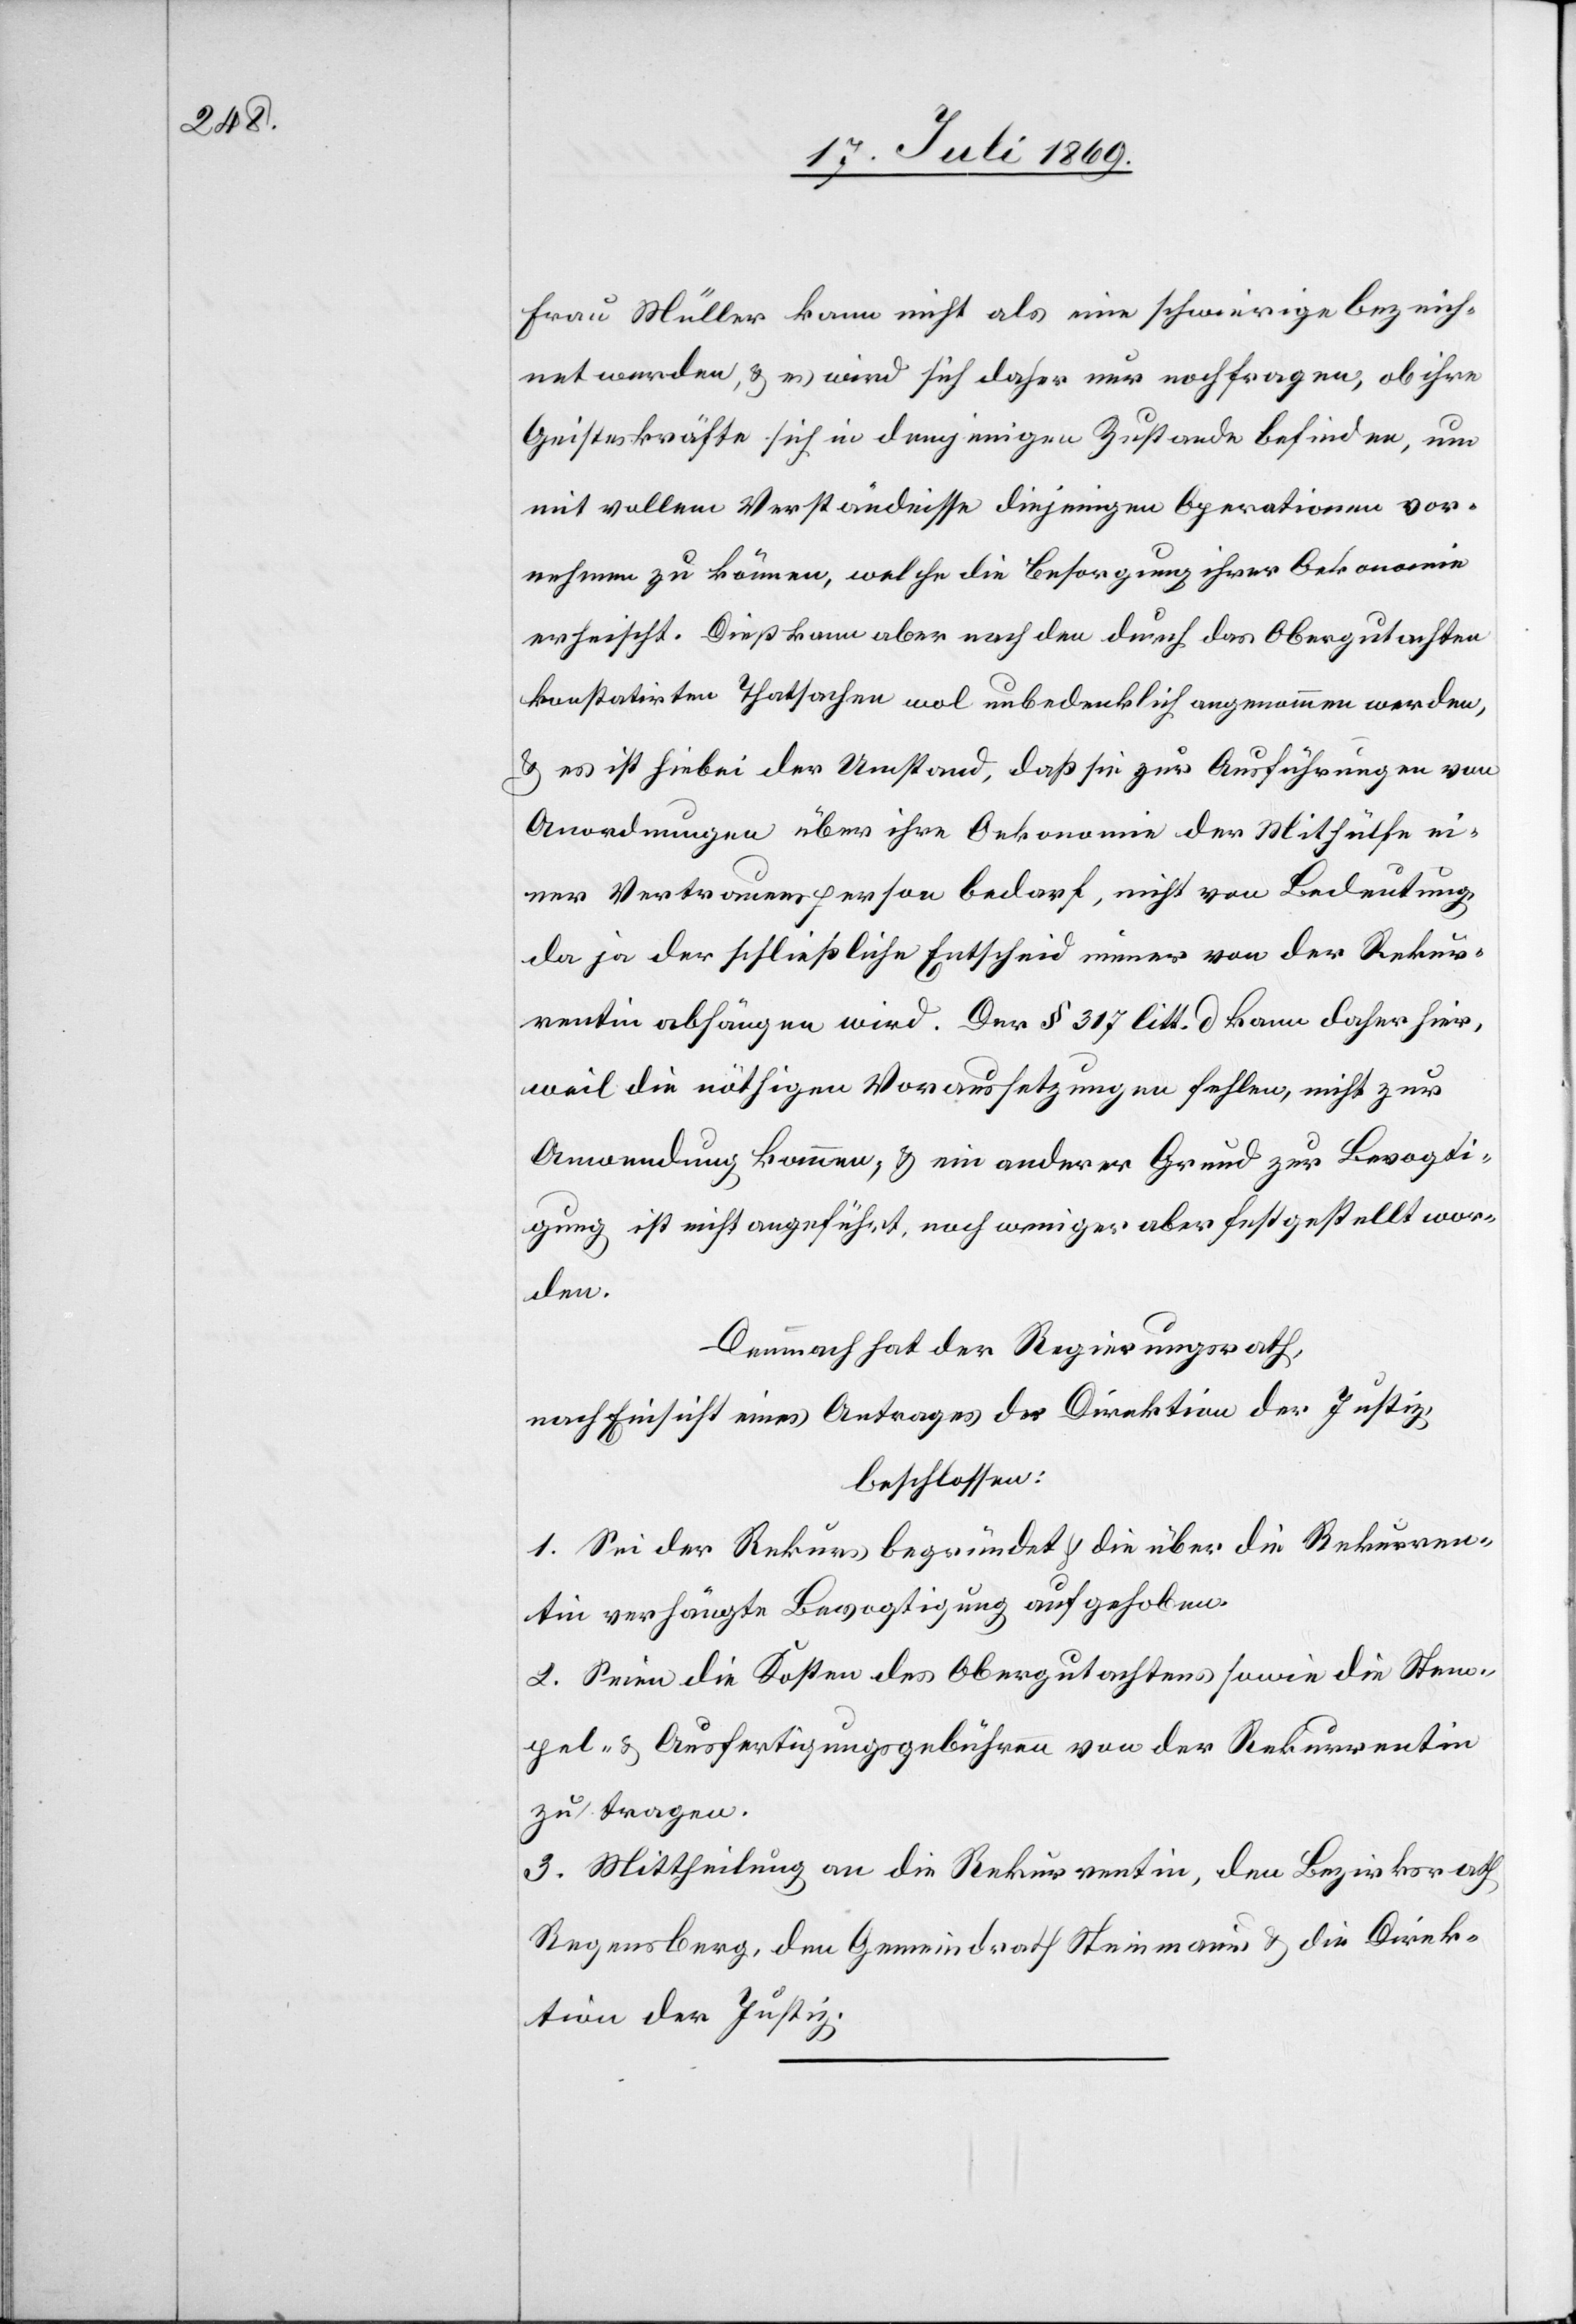
Frau Müller kann nicht als eine schwierige bezeich¬
net werden, u. es wird sich daher nur noch frage, ob ihre
Geisteskräfte sich in demjenigen Zustande befinden, um
mit vollem Verständnisse diejenigen Operationen vor¬
nehmen zu können, welche die Besorgung ihrer Oekonomie
erheischt. Dies kann aber nach den durch das Obergutachten
konstatirten Thatsachen wol unbedenklich angenommen werden,
u. es ist hiebei der Umstand, daß sie zur [sic!] Ausführungen von
Anordnungen über ihre Oekonomie der Mithülfe ei¬
ner Vertrauensperson bedarf, nicht von Bedeutung,
da ja der schließliche Entscheid immer von der Rekur¬
rentin abhängen wird. Der § 317 litt. d kann daher hier,
weil die nöthigen Voraussetzungen fehlen, nicht zur
Anwendung kommen, u. ein anderer Grund zur Bevogti¬
gung ist nicht angeführt, noch weniger aber festgestellt wor¬
den.
Demnach hat der Regierungsrath,
nach Einsicht eines Antrages der Direktion der Justiz,
beschlossen:
1. Sei der Rekurs begründet u. die über die Rekurren¬
tin verhängte Bevogtigung aufgehoben.
2. Seien die Kosten des Obergutachtens sowie die Stem¬
pel- u. Ausfertigungsgebühren von der Rekurrentin
zu tragen.
3. Mittheilung an die Rekurrentin, den Bezirksrath
Regensberg, den Gemeindrath Steinmaur u. die Direk¬
tion der Justiz.